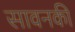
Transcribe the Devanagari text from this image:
सावनकी